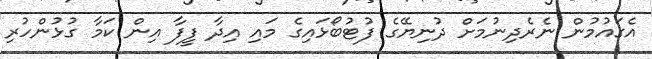
އެގައުމުން ނެރެދިނުމަށް ދުނިޔޭގެ ފުޓުބޯޅައިގެ މައި އިދާ ފީފާ އިން ކަމާ ގުޅުންހުރި